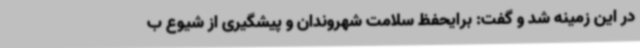
در این زمینه شد و گفت: برایحفظ سلامت شهروندان و پیشگیری از شیوع ب